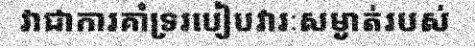
វាជាការគាំទ្ររបៀបវារៈសម្ងាត់របស់